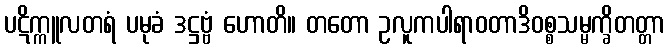
ပဋိက္ကူလတရံ ပမုခံ ဒဋ္ဌဗ္ဗံ ဟောတိ။ တတော ဥလူကပါရာဝတာဒိဝစ္စသမ္မက္ခိတတ္တာ